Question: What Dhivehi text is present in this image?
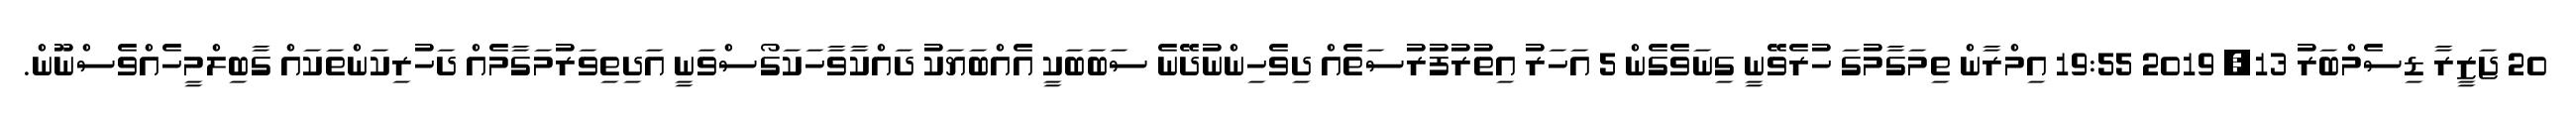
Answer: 20 ޖަޒީރާ ޑިސެމްބަރު 13, 2019 19:55 އިމްރާން ތިމަގާމުގަ ހުރެވޭނީ ގިނަވެގެން 5 އަހަރު އިތުރުފުރުސަތެއް ދިވެހިންނުދޭނެ ސަބަބަކީ އެއްބަޔަކު ދައްކާވާހަކަގޯސްވަނީ އަދިތިވަރުމަގާމެއް ދަހުރިކަންތަކައް ގާބިލްމީހެއްވެސްނޫން.